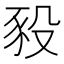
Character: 豛